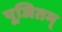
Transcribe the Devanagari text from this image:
पूजितम्